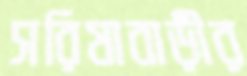
সরিষাবাড়ীর